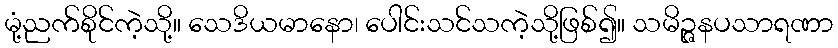
မုံ့ညက်စိုင်ကဲ့သို့။ သေဒိယမာနော၊ ပေါင်းသင်သကဲ့သို့ဖြစ်၍။ သမိဉ္ဇနပသာရဏာ